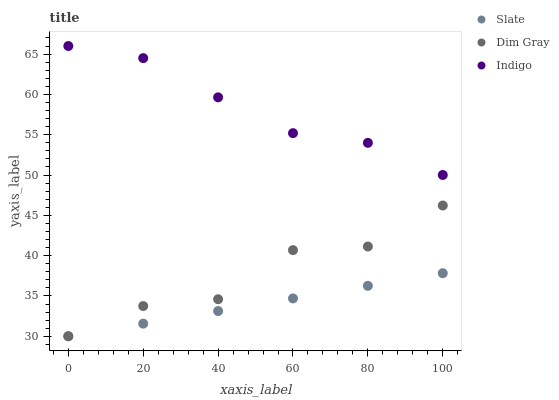
| xaxis_label | Slate | Dim Gray | Indigo |
 | --- | --- | --- | --- |
 | 0 | 30 | 30 | 66 |
 | 20 | 31.6 | 33.7 | 64.5 |
 | 40 | 33.1 | 34.6 | 59.6 |
 | 60 | 34.7 | 40.7 | 55.2 |
 | 80 | 36.3 | 41.1 | 54 |
 | 100 | 37.8 | 46.2 | 50 |